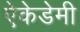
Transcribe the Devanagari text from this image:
ऐकेडेमी